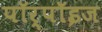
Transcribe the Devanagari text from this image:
पॉर्पॉइज